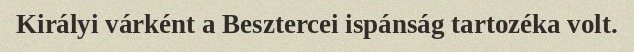
Királyi várként a Besztercei ispánság tartozéka volt.